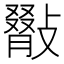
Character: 𢿺